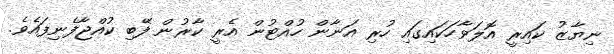
ނިޔާޒު ކައިރީ އޮލަވާހަކައިގައި ހުރި އަނާން ހުއްޓުން އެރީ ކާރުން ފޭބި ކުއްޖާފެނިފައެވެ.